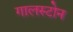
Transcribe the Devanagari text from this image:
गालस्टोन